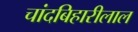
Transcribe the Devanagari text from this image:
चांदबिहारीलाल